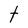
Character: t